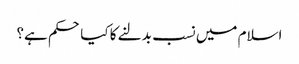
اسلام میں نسب بدلنے کا کیا حکم ہے؟